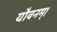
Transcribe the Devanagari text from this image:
यौवनम्।